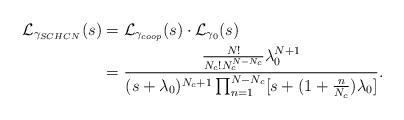
LaTeX: \begin{align*} \mathcal{L}_{\gamma_{SCHCN}}(s)&=\mathcal{L}_{\gamma_{coop}}(s)\cdot \mathcal{L}_{\gamma_{0}}(s)\\&=\frac{\frac{N!}{N_c!N_c^{N-N_c}}\lambda_{0}^{N+1}}{(s+\lambda_{0})^{N_c+1} \prod_{n=1}^{N-N_c}[s+(1+\frac{n}{N_c})\lambda_{0}]}. \end{align*}